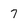
Character: 7